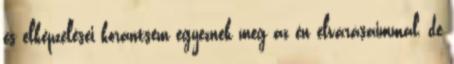
és elképzelései korántsem egyeznek meg az én elvárásaimmal, de